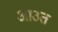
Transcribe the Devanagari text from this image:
आउत